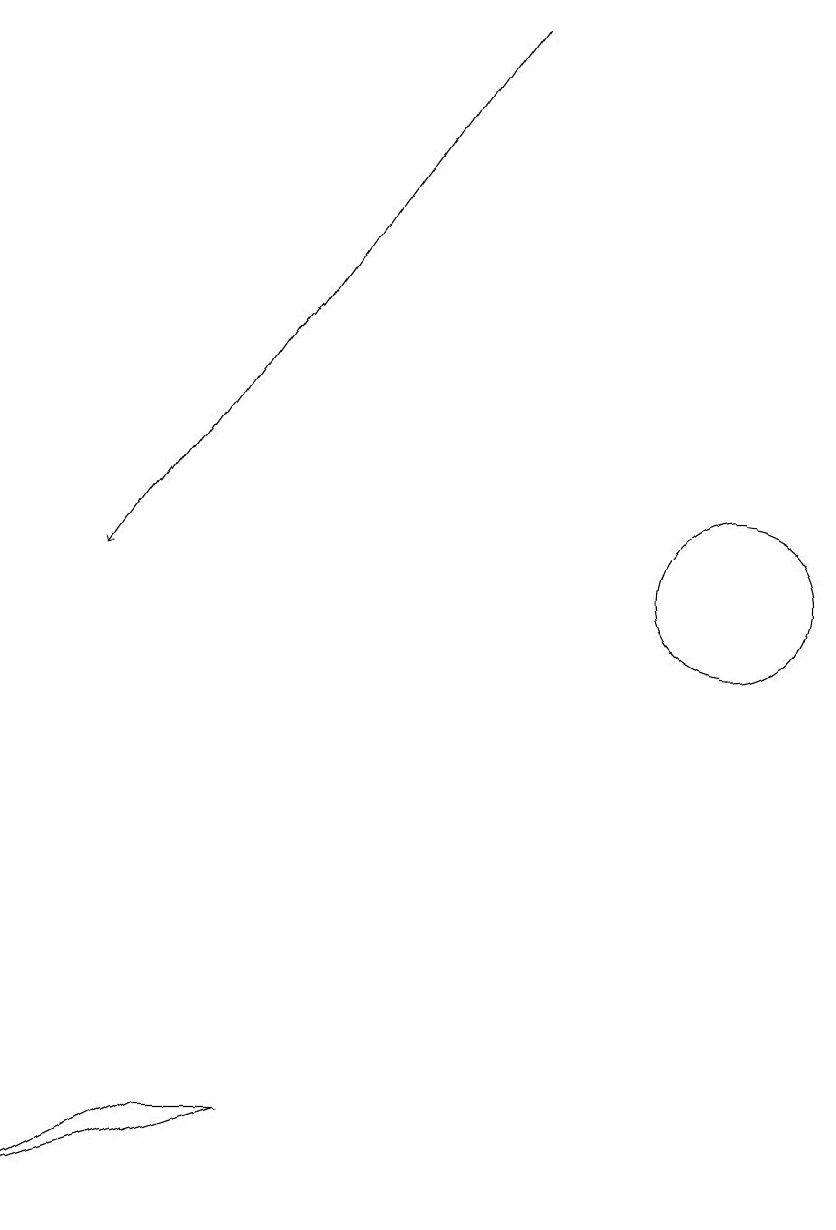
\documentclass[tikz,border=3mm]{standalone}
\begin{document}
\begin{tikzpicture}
\draw[->] (9,18) -- (4,11);
\draw (12,11) circle (1);
\draw (6,4) -- (5,4) -- (3,3) -- cycle;
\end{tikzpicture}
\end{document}